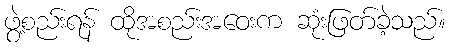
ဖွဲ့စည်းရန် ထိုအစည်းအဝေးက ဆုံးဖြတ်ခဲ့သည်။